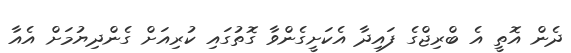
ދެން އޮތީ އެ ބްރިޖްގެ ފައިދާ އެކަށީގެންވާ ގޮތުގައި ކުރިއަށް ގެންދިޔުމަށް އެއާ